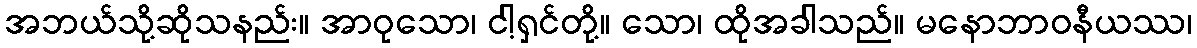
အဘယ်သို့ဆိုသနည်း။ အာဝုသော၊ ငါ့ရှင်တို့။ သော၊ ထိုအခါသည်။ မနောဘာဝနီယဿ၊